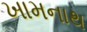
ખામનાથ